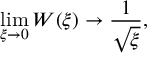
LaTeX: \operatorname * { l i m } _ { \xi \rightarrow 0 } W ( \xi ) \rightarrow \frac { 1 } { \sqrt { \xi } } ,